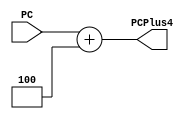
module add_4 #(parameter Width = 32)(
input [Width-1:0] PC,
output [Width-1:0] PCPlus4);
assign PCPlus4 = PC + 4;
endmodule